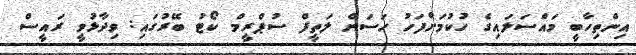
އިންތިހާބީ މައްސަލައިގެ ހުކުމަށްފަހު ހަސަން ލަތީފް ސުޕްރީމް ކޯޓު ބޭރުގައި: ވިދާޅުވީ ރައީސް